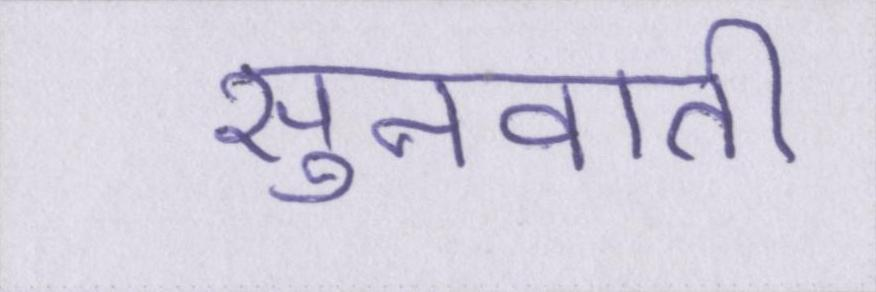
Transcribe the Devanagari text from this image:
सुनवाती